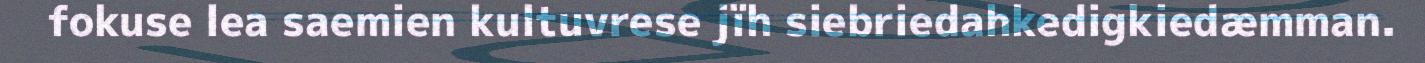
fokuse lea saemien kultuvrese jïh siebriedahkedigkiedæmman.